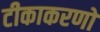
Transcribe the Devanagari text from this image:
टीकाकरणों